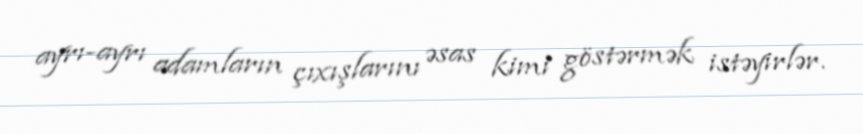
ayrı-ayrı adamların çıxışlarını əsas kimi göstərmək istəyirlər.